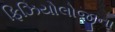
ફિઝિયોલોજીના